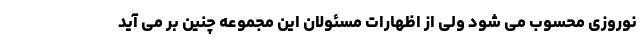
نوروزی محسوب می شود ولی از اظهارات مسئولان این مجموعه چنین بر می آید